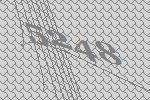
5248